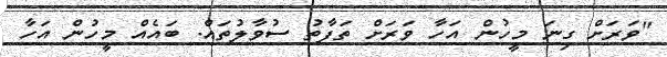
"ވަރަށް ގިނަ މީހުން އަހާ ވަރަށް ތަފާތު ސުވާލުތައް. ބައެއް މީހުން އަހާ